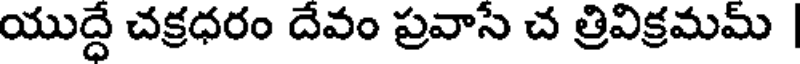
యుద్దే చక్రధరం దేవం ప్రవాసే చ త్రివిక్రమమ్